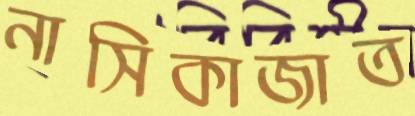
নাসিকাজাত